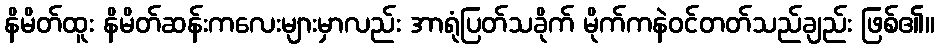
နိမိတ်ထူး နိမိတ်ဆန်းကလေးများမှာလည်း အာရုံပြတ်သခိုက် မိုက်ကနဲဝင်တတ်သည်ချည်း ဖြစ်၏။